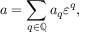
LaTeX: a = \sum _ { q \in \mathbb { Q } } a _ { q } \varepsilon ^ { q } ,